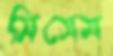
সিসেম